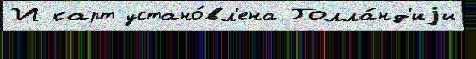
И карт устано́вл'ена Голла́нд'иjи